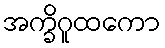
အက္ခိဂူထကော